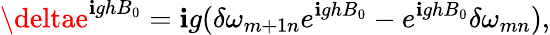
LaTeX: \deltae^{\mathbf{i}ghB_{0}}=\mathbf{i}g(\delta\omega_{m+1n}e^{\mathbf{i}ghB_{0}}-e^{\mathbf{i}ghB_{0}}\delta\omega_{mn}),